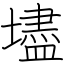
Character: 壗